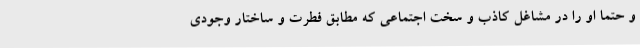
و حتماً او را در مشاغل کاذب و سخت اجتماعی که مطابق فطرت و ساختار وجودی